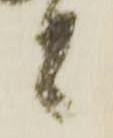
者